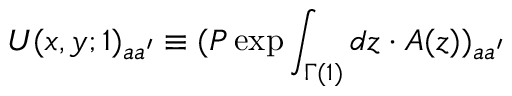
U ( x , y ; 1 ) _ { a a ^ { \prime } } \equiv ( P \exp \int _ { \Gamma ( 1 ) } d z \cdot A ( z ) ) _ { a a ^ { \prime } }